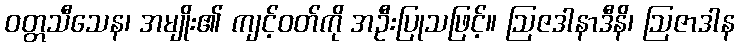
ဝတ္တသီသေန၊ အမျိုး၏ ကျင့်ဝတ်ကို အဦးပြုသဖြင့်။ ဩဇဒါနာဒီနိ၊ ဩဇာဒါန